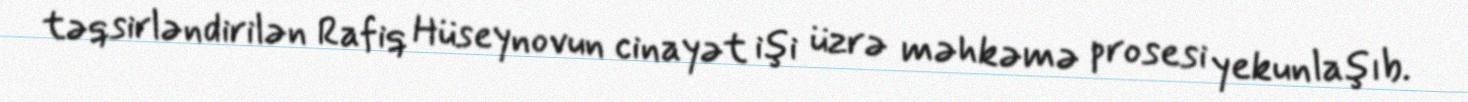
təqsirləndirilən Rafiq Hüseynovun cinayət işi üzrə məhkəmə prosesi yekunlaşıb.